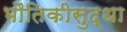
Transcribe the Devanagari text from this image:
भौतिकीसुद्धा